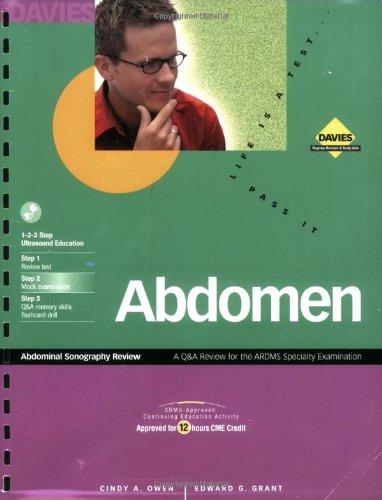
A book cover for Abdominal Sonography Review: A Q&A Review for the ARDMS Abdomen Specialty Exam; Cindy Owen; Medical Books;